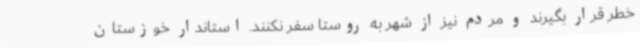
خطر قرار بگیرند و مردم نیز از شهر به روستا سفر نکنند. استاندار خوزستان